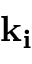
\bf { k _ { i } }